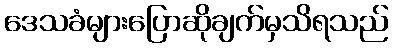
ဒေသခံများပြောဆိုချက်မှသိရသည်